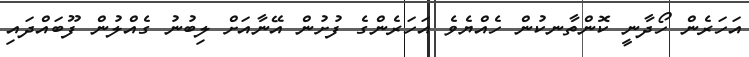
އަހަރެން ހޯދާނީ ކޮންތާނކުން ހެއްޔެވެ އަހަރެންގެ ފުށުން އޭނާއަށް ލިބުނު ގެއްލުން ފޫބައްދައި